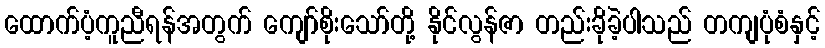
ထောက်ပံ့ကူညီရန်အတွက် ကျော်စိုးသော်တို့ နိုင်လွန်ဇာ တည်းခိုခဲ့ပါသည် တကျပုံစံနှင့်